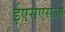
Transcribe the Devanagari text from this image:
ईएसएसओ